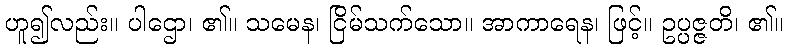
ဟူ၍လည်း။ ပါဌော၊ ၏။ သမေန၊ ငြိမ်သက်သော။ အာကာရေန၊ ဖြင့်။ ဥပ္ပဇ္ဇတိ၊ ၏။